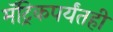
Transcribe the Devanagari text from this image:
मॅट्रिकपर्यंतही